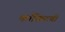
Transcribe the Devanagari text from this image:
काँक्रिटची